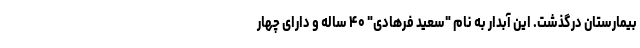
بیمارستان درگذشت. این آبدار به نام "سعید فرهادی" ۴۰ ساله و دارای چهار